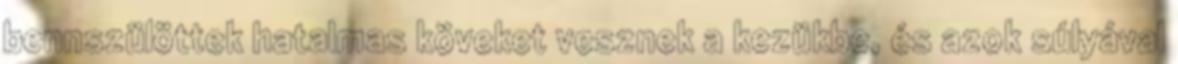
bennszülöttek hatalmas köveket vesznek a kezükbe, és azok súlyával